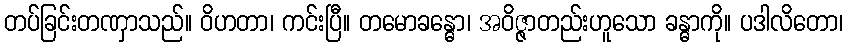
တပ်ခြင်းတဏှာသည်။ ဝိဟတာ၊ ကင်းပြီ။ တမောခန္ဓော၊ အဝိဇ္ဇာတည်းဟူသော ခန္ဓာကို။ ပဒါလိတော၊